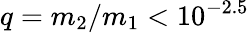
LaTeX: q=m_{2}/m_{1}<10^{-2.5}